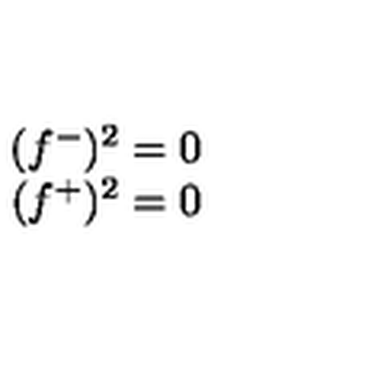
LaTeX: \begin{array} { c } { ( f ^ { - } ) ^ { 2 } = 0 } \\ { ( f ^ { + } ) ^ { 2 } = 0 } \\ \end{array}